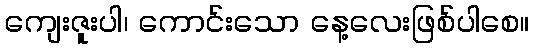
ကျေးဇူးပါ၊ ကောင်းသော နေ့လေးဖြစ်ပါစေ။